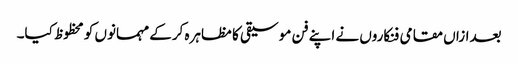
بعدازاں مقامی فنکاروں نے اپنے فن موسیقی کا مظاہرہ کرکے مہمانوں کو محظوظ کیا۔